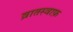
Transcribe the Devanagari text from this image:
व्रातस्वाफ़